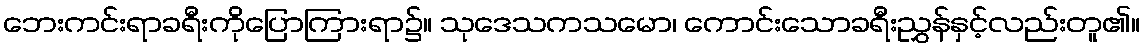
ဘေးကင်းရာခရီးကိုပြောကြားရာ၌။ သုဒေသကသမော၊ ကောင်းသောခရီးညွှန်နှင့်လည်းတူ၏။